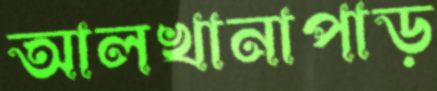
আলখানাপাড়